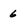
Character: 6